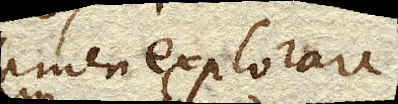
tamen explorare